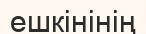
ешкінінің